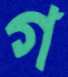
গ